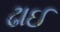
ઢાઈ